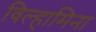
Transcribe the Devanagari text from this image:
विल्हामिना